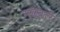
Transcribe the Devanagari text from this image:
गढबारे